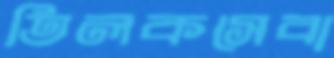
তিলকসেবা